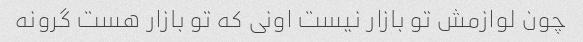
چون لوازمش تو بازار نیست اونی که تو بازار هست گرونه